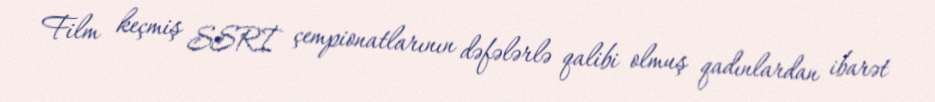
Film keçmiş SSRİ çempionatlarının dəfələrlə qalibi olmuş qadınlardan ibarət